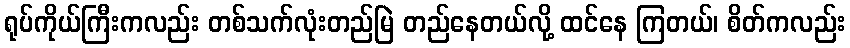
ရုပ်ကိုယ်ကြီးကလည်း တစ်သက်လုံးတည်မြဲ တည်နေတယ်လို့ ထင်နေ ကြတယ်၊ စိတ်ကလည်း